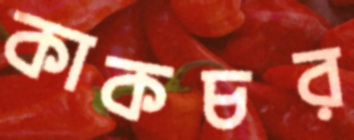
কাকচর